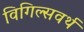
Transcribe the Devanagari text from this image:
विगिल्सवर्थ